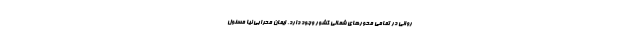
روانی در تمامی محور‌های شمالی کشور وجود دارد. ایمان محرابی نیا مسئول